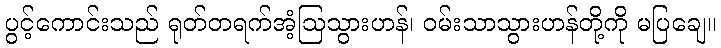
ပွင့်ကောင်းသည် ရုတ်တရက်အံ့ဩသွားဟန်၊ ဝမ်းသာသွားဟန်တို့ကို မပြချေ။